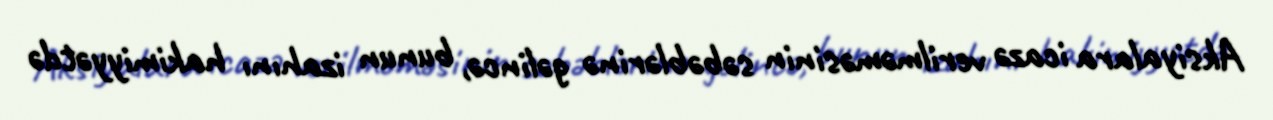
Aksiyalara icazə verilməməsinin səbəblərinə gəlincə, bunun izahını hakimiyyətdə